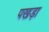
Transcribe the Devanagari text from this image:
पखड़ा